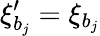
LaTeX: \xi_{b_{j}}^{\prime}=\xi_{b_{j}}